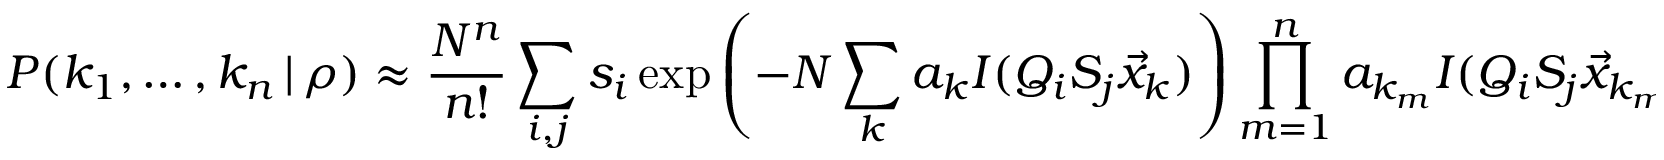
P ( k _ { 1 } , \dots , k _ { n } \, | \, \rho ) \approx \frac { N ^ { n } } { n ! } \sum _ { i , j } s _ { i } \exp \left( - N \sum _ { k } a _ { k } I ( Q _ { i } S _ { j } \vec { x } _ { k } ) \right) \prod _ { m = 1 } ^ { n } a _ { k _ { m } } I ( Q _ { i } S _ { j } \vec { x } _ { k _ { m } } )